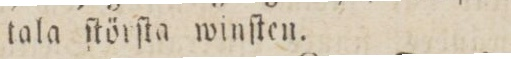
tala ſtörſta winſten.